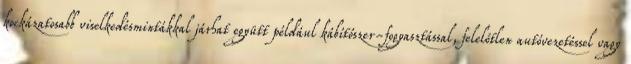
kockázatosabb viselkedésmintákkal járhat együtt például kábítószer-fogyasztással, felelőtlen autóvezetéssel vagy